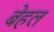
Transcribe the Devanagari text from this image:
बेहल